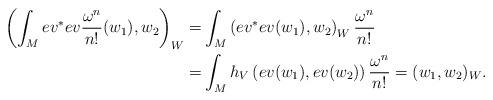
LaTeX: \begin{align*}\left( \int_M ev^{\ast} ev \frac{\omega^n}{n!}(w_1), w_2\right)_W=&\int_M\left(ev^{\ast}ev(w_1),w_2 \right)_W\frac{\omega^n}{n!} \\=&\int_M h_V\left(ev(w_1), ev(w_2) \right)\frac{\omega^n}{n!}=(w_1,w_2)_W. \end{align*}